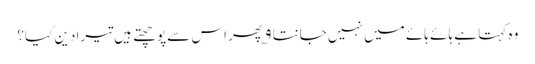
وہ کہتا ہے ہائے ہائے میں نہیں جانتا ۹؎ پھر اس سےپوچھتے ہیں تیرا دین کیا؟